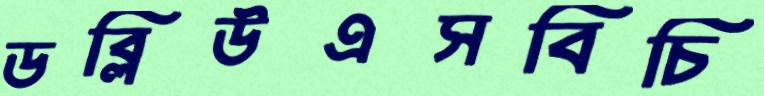
ডব্লিউএসবিচি